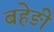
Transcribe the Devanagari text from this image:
बहेङी